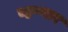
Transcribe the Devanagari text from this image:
व्हण्णार